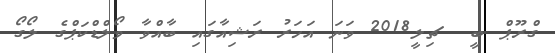
ގްރޫޕް ބީ  ޗިލީ2018 ވަނަ އަހަރު ރަޝިއާގައި ބާއްވާ ވޯލްޑްކަޕްގެ ލޯގޯ